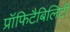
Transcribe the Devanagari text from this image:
प्रॉफिटैबिलिटी